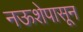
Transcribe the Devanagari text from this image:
नऊशेपासून